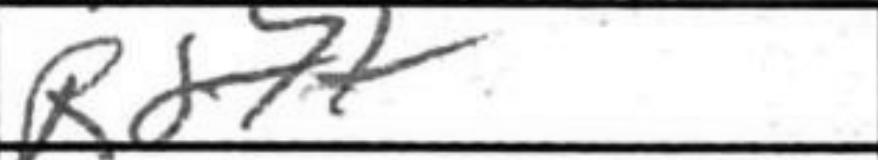
Transcription: Rd7+